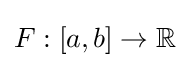
{\textstyle F:[a,b]\rightarrow \mathbb {R} }